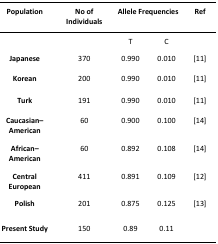
<table><thead><tr><td><b>Population</b></td><td><b>No ofIndividuals</b></td><td colspan="2"><b>Allele Frequencies</b></td><td><b>Ref</b></td></tr></thead><tbody><tr><td></td><td></td><td>T</td><td>C</td><td></td></tr><tr><td><b>Japanese</b></td><td>370</td><td>0.990</td><td>0.010</td><td>[11]</td></tr><tr><td><b>Korean</b></td><td>200</td><td>0.990</td><td>0.010</td><td>[11]</td></tr><tr><td><b>Turk</b></td><td>191</td><td>0.990</td><td>0.010</td><td>[11]</td></tr><tr><td><b>Caucasian–</b><b>American</b></td><td>60</td><td>0.900</td><td>0.100</td><td>[14]</td></tr><tr><td><b>African–</b><b>American</b></td><td>60</td><td>0.892</td><td>0.108</td><td>[14]</td></tr><tr><td><b>Central </b><b>European</b></td><td>411</td><td>0.891</td><td>0.109</td><td>[12]</td></tr><tr><td><b>Polish</b></td><td>201</td><td>0.875</td><td>0.125</td><td>[13]</td></tr><tr><td><b>Present Study</b></td><td>150</td><td>0.89</td><td>0.11</td><td></td></tr></tbody></table>